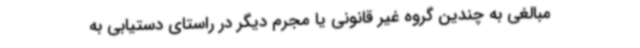
مبالغی به چندین گروه غیر قانونی یا مجرم دیگر در راستای دستیابی به